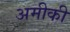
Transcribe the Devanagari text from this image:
अमीकी